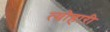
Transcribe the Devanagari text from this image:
त्योहारी